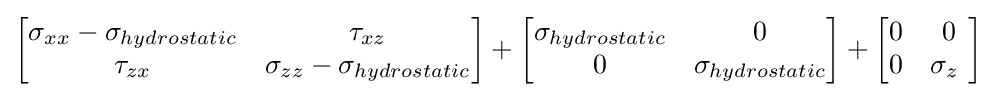
\left[{\begin{matrix}\sigma _{xx}-\sigma _{hydrostatic}&\tau _{xz}\\\tau _{zx}&\sigma _{zz}-\sigma _{hydrostatic}\\\end{matrix}}\right]+\left[{\begin{matrix}\sigma _{hydrostatic}&0\\0&\sigma _{hydrostatic}\\\end{matrix}}\right]+\left[{\begin{matrix}0&0\\0&\sigma _{z}\ \\\end{matrix}}\right]